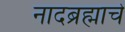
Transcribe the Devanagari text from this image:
नादब्रह्माचे